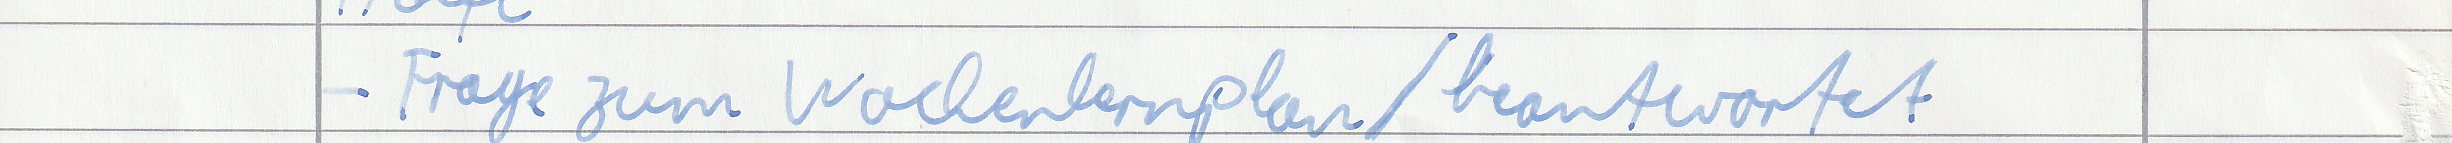
- Frage zum Wochenlernplan / beantwortet